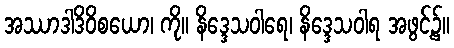
အဿာဒါဒိဝိစယော၊ ကို။ နိဒ္ဒေသဝါရေ၊ နိဒ္ဒေသဝါရ အဖွင့်၌။